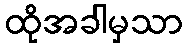
ထိုအခါမှသာ